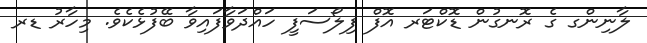
ލާނިންގ ގެ ރޮނގުން ޑޮކްޓަރ އޮފް ފިލޯސަފީ ހައްދަވާފައިވާ ބޭފުޅެކެވެ. މިހާރު ޑރ